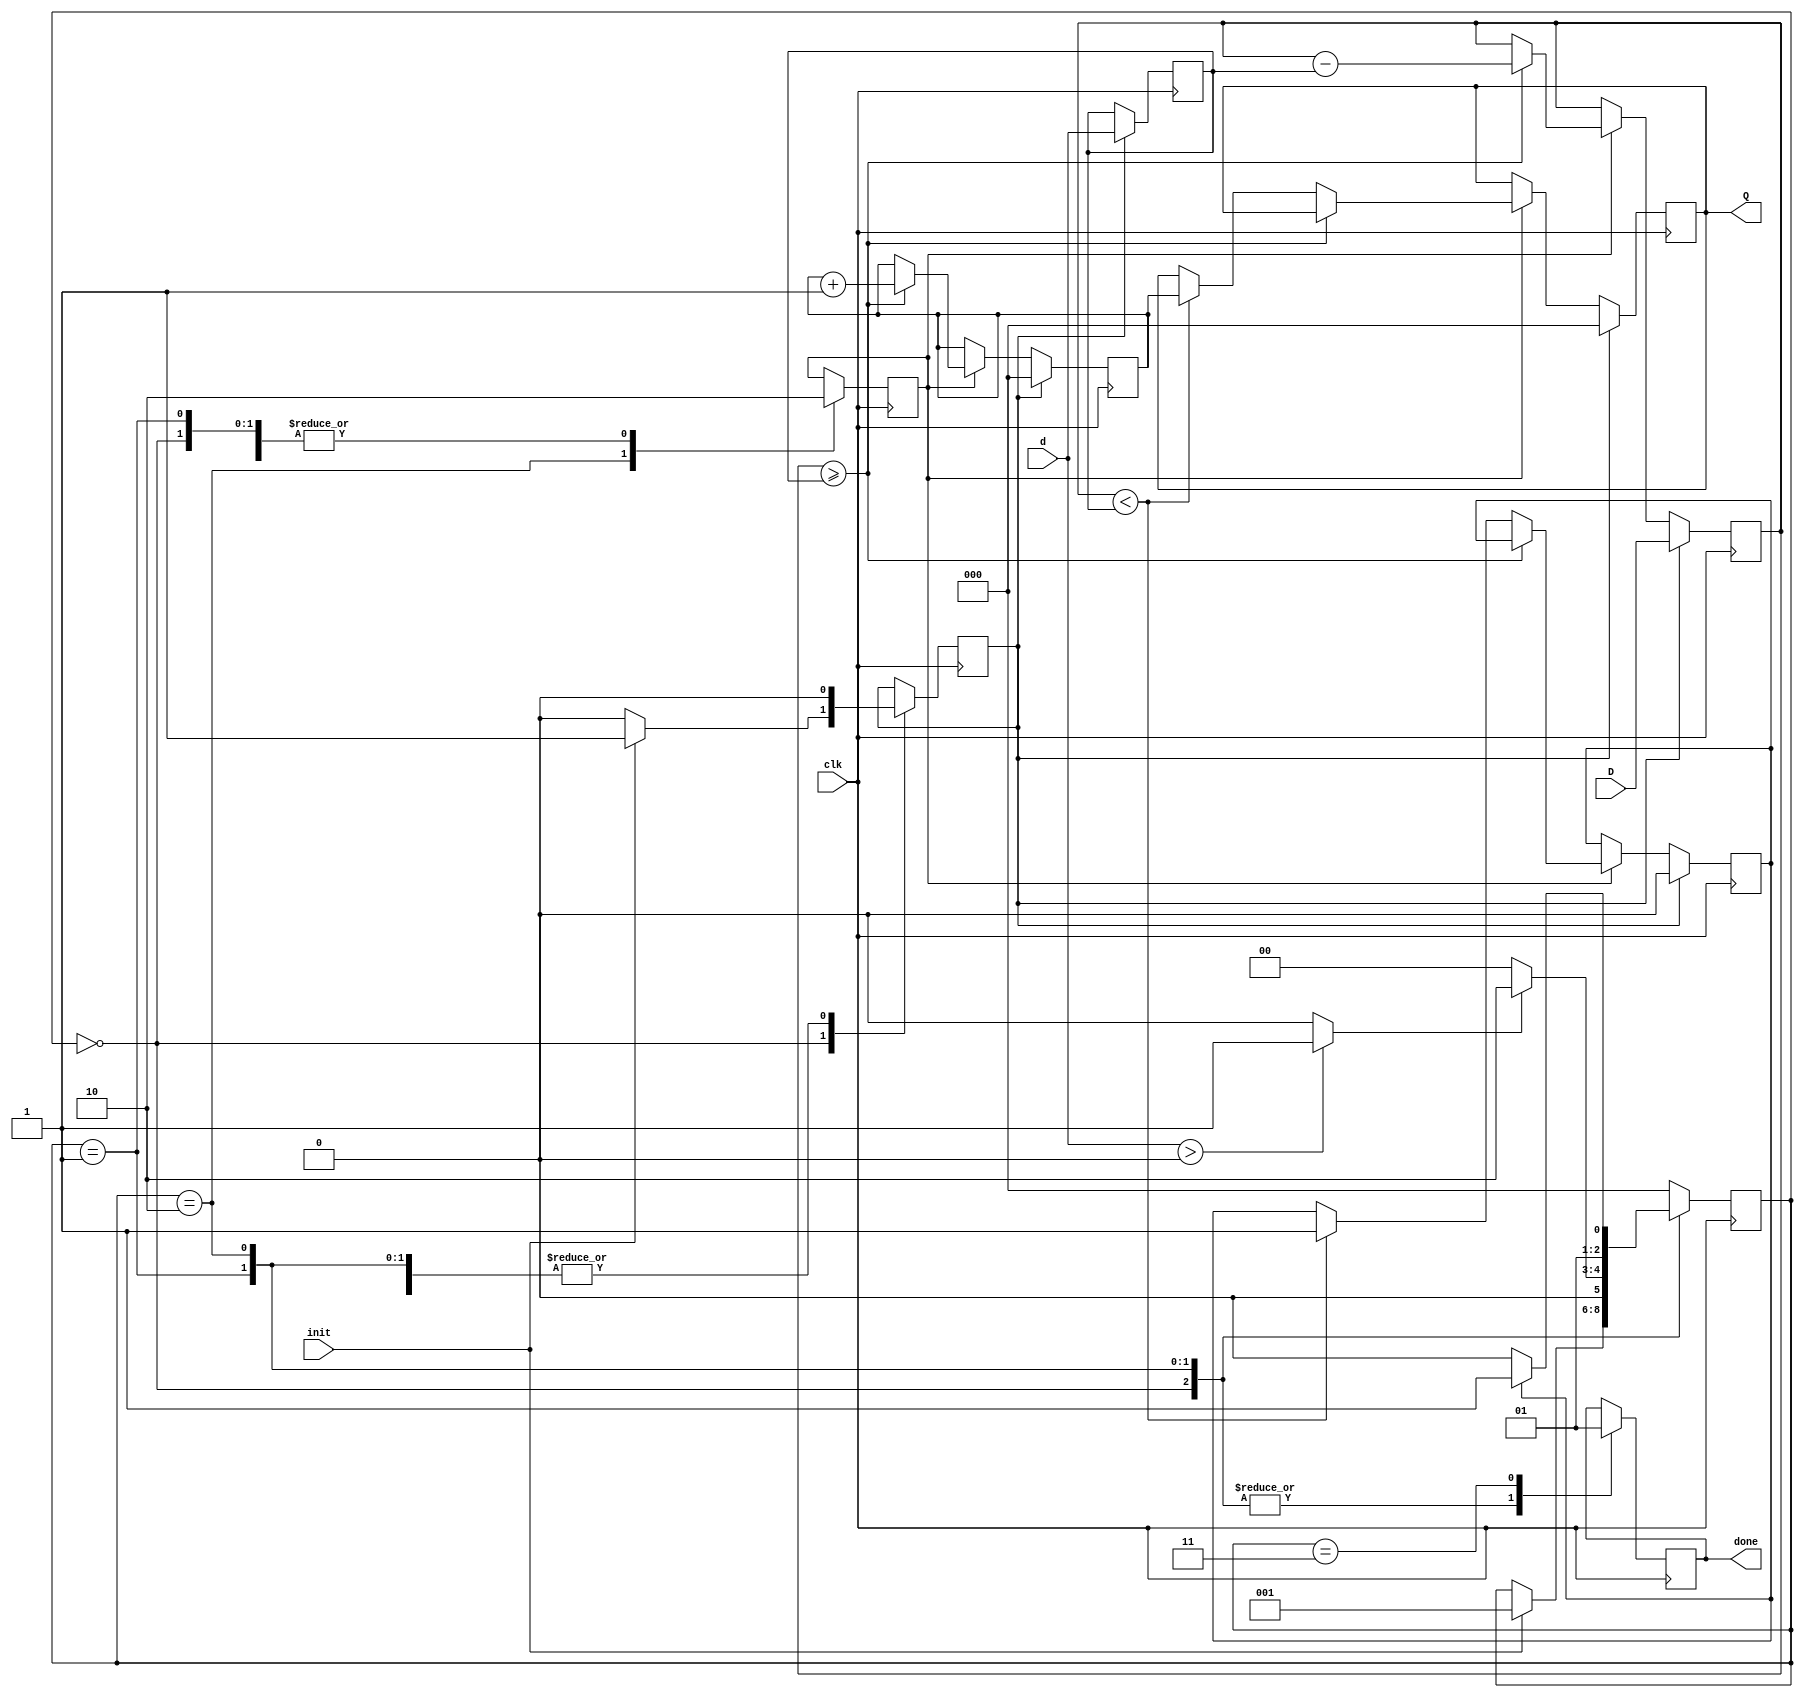
`timescale 1ns / 1ps



module DIVISOR ( 

input [2:0] D,  
input [2:0] d, 
input init, 
input clk, 
output reg [2:0] Q, 
output reg done);


reg reset;
reg operaciones;
reg [2:0]cont;
reg [2:0]A;
reg [2:0]B;
reg C;
wire R;


reg [2:0] status =0;



assign R=(d>0)?1:0;



always @(posedge clk) begin
 
 if (reset) begin
    
 A = D;
 B = d;
 cont = 0;
 Q = 0;
 C = 0;
	
end

else begin
  
  if (operaciones) begin

	if (A>=B) begin
	

	A = A-B;
	cont = cont+1;
  
	  end
	  
	  else begin
	  
	  if (A<B) begin
	 
   Q = cont;
	C = 1;
	
	end
	end
 end 
end 
end


  
parameter START =0,  COMP1 =1, COMP2 =2, END1 =3;

always @(posedge clk) begin

case (status)

START: begin
	
	done=0;
	reset=0;
	operaciones=0;
	
	
	if (init) begin
	
	done=0;
	reset=1;
   operaciones=0;

	status=COMP1;
	
	end
	end

	COMP1: begin 
	
	done=0; 
	reset=0; 
	operaciones=0;
	
	if (R == 1) 
	
	status=COMP2;	
	
	else begin

#25	$display("Error en el ingreso de datos");
	
	status=START;
 
   end
	end


	COMP2: begin
	
	done=0; 
	reset=0; 
	operaciones=1;

	
	status=COMP2;
 

	if (C == 1) begin
	
	status=END1;
	done=0; 
	reset=0;

	end		
	end
	
	END1: begin
	
	done=1;	
	reset=0;
	operaciones=0;
	

	
	status =START;

	end

	default:
	status =START;
	

	endcase 
	end 
   endmodule